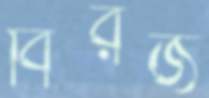
বিরজ